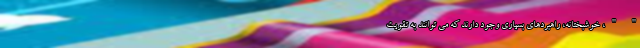
" "، خوشبختانه، راهبردهای بسیاری وجود دارند که می توانند به تقویت